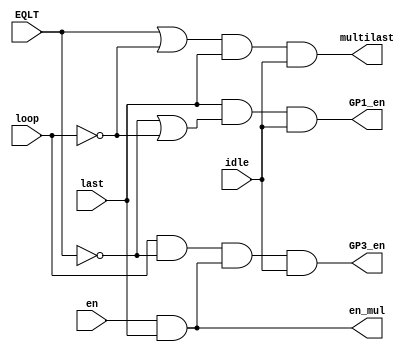
module ctrl_en_counter(
	input en,
	input last,
	input loop,
	input EQLT,
	input idle,
	
	output wire en_mul,	//HIGH at last multiplication cycle 
	output multilast,
	output GP1_en,
	output GP3_en
);

assign en_mul = en&last;
assign multilast = (EQLT|~loop)&last&idle;
assign GP1_en = last&(~EQLT|~loop)&idle;
assign GP3_en = loop&~EQLT&en_mul&idle;

endmodule